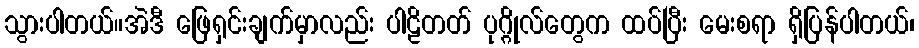
သွားပါတယ်။အဲဒီ ဖြေရှင်းချက်မှာလည်း ပါဠိတတ် ပုဂ္ဂိုလ်တွေက ထပ်ပြီး မေးစရာ ရှိပြန်ပါတယ်၊